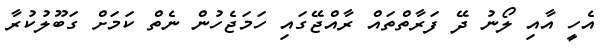
އެހީ އާއި ލޯނު ދޭ ފަރާތްތައް ރާއްޖޭގައި ހަމަޖެހުން ނެތް ކަމަށް ގަބޫލުކުރާ